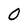
Character: 0